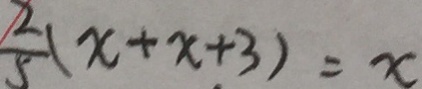
\frac { 2 } { 5 } ( x + x + 3 ) = x